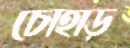
চোহাড়